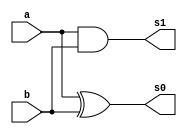
/*
 * Exemplo_0805 - GATES
 * Nome Gabriel Vargas Bento de Souza
*/

// -------------------------
// half adder
// -------------------------
module halfAdder (output s1, s0,
                  input  a, b);
   
   // descrever por portas
   xor XOR1 (s0, a, b);
   and AND1 (s1, a, b);

endmodule // halfAdder

// -------------------------
// full adder
// -------------------------
module fullAdder ( output s1, s0,
                   input a, b,
                   input carryIn );
   
   // temporario
   wire temp_s0, temp_s1a, temp_s1b;

   // descrever por portas e/ou modulos
   halfAdder HA1 (temp_s1a, temp_s0, a, b);
   halfAdder HA2 (temp_s1b, s0, temp_s0, carryIn);

   or        OR1 (s1, temp_s1a, temp_s1b);

endmodule // fullAdder

// -------------------------
// is Different
// -------------------------
module isDifferent ( output s,
                     input  a, b,
                     input  carryIn );

   // temporario
   wire tmp;

   // descrever por portas e/ou modulos
   xor XOR1 (tmp, a, b);
   or  OR1  (s, tmp, carryIn);

endmodule // isDifferent

// -------------------------
// main
// -------------------------
module test_isDifferent;
   
   // definir dados
   reg  [4:0] x;
   wire [5:0] c1;
   wire [5:0] c2;
   wire [4:0] carry; // vai-um


   not NOT0 (c1[0], x[0]);
   not NOT1 (c1[1], x[1]);
   not NOT2 (c1[2], x[2]);
   not NOT3 (c1[3], x[3]);
   not NOT4 (c1[4], x[4]);
   not NOT6 (c1[5], 0);

   fullAdder FA0 ( carry[0], c2[0], c1[0], 1'b1, 1'b0 );
   fullAdder FA1 ( carry[1], c2[1], c1[1], 1'b0, carry[0] );
   fullAdder FA2 ( carry[2], c2[2], c1[2], 1'b0, carry[1] );
   fullAdder FA3 ( carry[3], c2[3], c1[3], 1'b0, carry[2] );
   fullAdder FA4 ( carry[4], c2[4], c1[4], 1'b0, carry[3] );

   not NOT7 (c2[5], 0);
   
   // parte principal
   initial
   begin : main
      $display("Exemplo_0805 - Gabriel Vargas Bento de Souza - 778023");
      $display("ALU's c1 e c2\n");
      $display("  x        c1        c2");

      // projetar testes de diferencas
         $monitor("%5b %9b %9b", x, c1, c2);
         x = 5'b10010;
      #1 x = 5'b00000;
      #1 x = 5'b11111;
      #1 x = 5'b01001;
      #1 x = 5'b10101;
      #1 x = 5'b00001;
   end
endmodule // test_isDifferent

// -------------------------
// test
// -------------------------
/*
---------- previsao ----------

   x       c1             c2
 10010   101101  +1  =  101110
 00000   111111  +1  =  100000  // o ultimo "vai um" sera' desconsiderado
 11111   100000  +1  =  100001
 01001   110110  +1  =  110111
 10101   101010  +1  =  101011
 00001   111110  +1  =  111111

---------- execucao ----------

C:\Users\Gabriel\Desktop\CC-PUC\2Periodo\ARQ1\Tarefas\Guia08>vvp Exemplo_0805.vvp
Exemplo_0805 - Gabriel Vargas Bento de Souza - 778023
ALU's c1 e c2

  x        c1        c2
10010    101101    101110
00000    111111    100000
11111    100000    100001
01001    110110    110111
10101    101010    101011
00001    111110    111111
*/